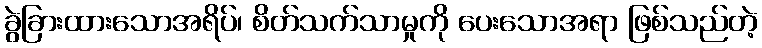
ခွဲခြားထားသောအရိပ်၊ စိတ်သက်သာမှုကို ပေးသောအရာ ဖြစ်သည်တဲ့